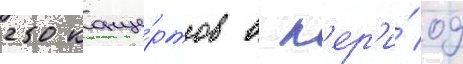
250 конце́ртов в п'ер'и́од